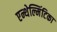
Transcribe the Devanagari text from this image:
एन्थेल्मिंटिका